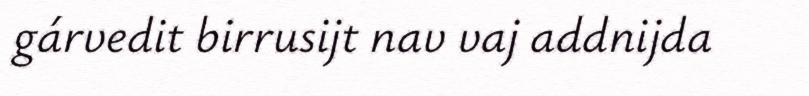
gárvedit birrusijt nav vaj addnijda